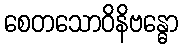
စေတသောဝိနိဗန္ဓော